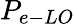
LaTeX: P_{e-LO}